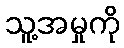
သူ့အမှုကို